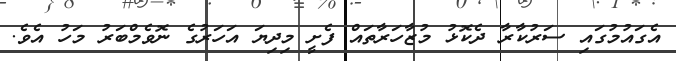
އެގައުމުގައި ސަރުކާރާ ދެކޮޅު މުޒާހަރާތައް ފެށީ މިދިޔަ އަހަރުގެ ނޮވެމްބަރު މަހު އެވެ.